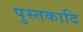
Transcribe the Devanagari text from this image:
पुस्तकादि